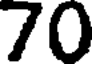
70